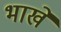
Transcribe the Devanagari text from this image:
भाखे